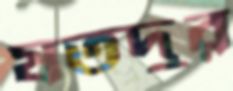
যতদুর